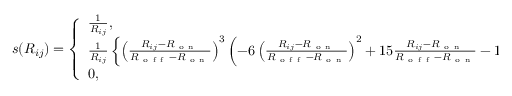
s ( R _ { i j } ) = \left\{ \begin{array} { l l } { \frac { 1 } { R _ { i j } } , } & { \mathrm { ~ i ~ f ~ } R _ { i j } \leq R _ { \mathrm { o n } } } \\ { \frac { 1 } { R _ { i j } } \left\{ \left( \frac { R _ { i j } - R _ { \mathrm { ~ o ~ n ~ } } } { R _ { \mathrm { ~ o ~ f ~ f ~ } } - R _ { \mathrm { ~ o ~ n ~ } } } \right) ^ { 3 } \left( - 6 \left( \frac { R _ { i j } - R _ { \mathrm { ~ o ~ n ~ } } } { R _ { \mathrm { ~ o ~ f ~ f ~ } } - R _ { \mathrm { ~ o ~ n ~ } } } \right) ^ { 2 } + 1 5 \frac { R _ { i j } - R _ { \mathrm { ~ o ~ n ~ } } } { R _ { \mathrm { ~ o ~ f ~ f ~ } } - R _ { \mathrm { ~ o ~ n ~ } } } - 1 0 \right) + 1 \right\} , } & { \mathrm { ~ i ~ f ~ } R _ { \mathrm { o n } } < R _ { i j } < R _ { \mathrm { o f f } } } \\ { 0 , } & { \mathrm { ~ i ~ f ~ } R _ { i j } \geq R _ { \mathrm { ~ o ~ f ~ f ~ } } } \end{array} \right.